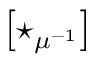
\left[ \star _ { \mu ^ { - 1 } } \right]